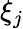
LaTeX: \xi_{j}